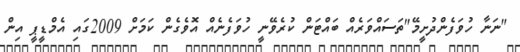
"ނަނާ ހުވަފެންދުށީމޭ"ތަސައްވަރެއް ބައްޓަން ކުރެވޭނީ ހުވަފެނެއް އޮވެގެން ކަމަށް 2009ގައި އެމްޑީޕީ އިން